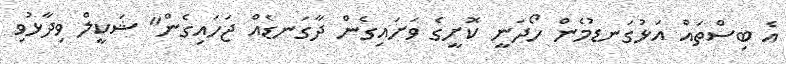
އެ ބިސްތައް އަޅުގަނޑުމެން ހޯދަނީ ކޮށީގެ ވަށައިގެން ދާގަނޑެއް ޖަހައިގެން" ޝަކީލް ވިދާޅުވި